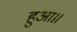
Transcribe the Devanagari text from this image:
हुआ॥